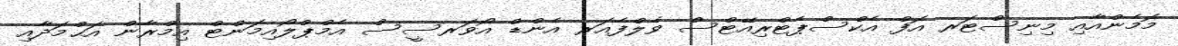
މޮމެންއާއި މިނިސްޓަރ އޮފް އެކްސްޕެޓްރިއޭޓްސް ވެލްފެއަރ އެންޑް އޯވަރސީސް އެމްޕްލޯއިމަންޓް އިމްރާން އަޙްމަދާއި